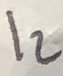
Text: I2